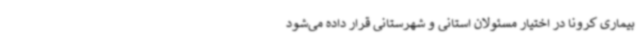
بیماری کرونا در اختیار مسئولان استانی و شهرستانی قرار داده می‌شود